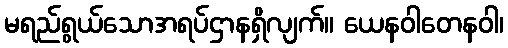
မရည်ရွယ်သောအရပ်ဌာနရှိလျက်။ ယေနဝါတေနဝါ၊